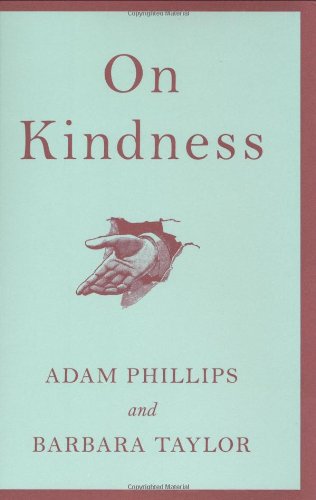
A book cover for On Kindness; Adam Phillips; Politics & Social Sciences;